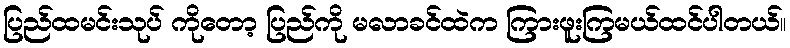
ပြည်ထမင်းသုပ် ကိုတော့ ပြည်ကို မလာခင်ထဲက ကြားဖူးကြမယ်ထင်ပါတယ်။